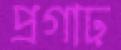
প্রগাঢ়